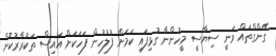
ގޭންގްތައް ވަނީ ސިޔާސީ މީހުންނާ ގުޅިފައި ކަމަށް ފުލުހުން ފަހަކަށް އައިސް ތަކުރާރުކޮށް